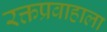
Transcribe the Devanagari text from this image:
रक्तप्रवाहाला